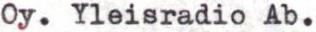
Oy. Yleisradio Ab.